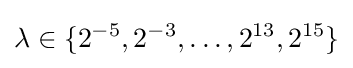
\lambda \in \{2^{-5},2^{-3},\dots ,2^{13},2^{15}\}